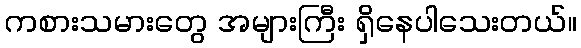
ကစားသမားတွေ အများကြီး ရှိနေပါသေးတယ်။